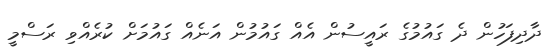
ދާދިފަހުން ދެ ގައުމުގެ ރައީސުން އެއް ގައުމުން އަނެއް ގައުމަށް ކުރެއްވި ރަސްމީ